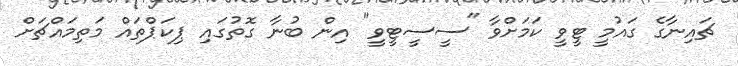
ޗައިނާގެ ގައުމީ ޓީވީ ކަމަށްވާ "ސީސީޓީވީ" އިން ބުނާ ގޮތުގައި ޕިކަޕްތައް މަތިމައްޗަށް